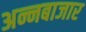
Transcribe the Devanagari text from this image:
अन्नबाजार